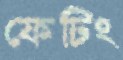
ফেটিং